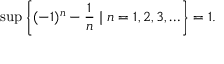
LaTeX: \operatorname* { s u p } \left\{ ( - 1 ) ^ { n } - { \frac { 1 } { n } } \mid n = 1 , 2 , 3 , \ldots \right\} = 1 .